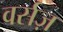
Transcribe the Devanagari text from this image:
वर्सज़